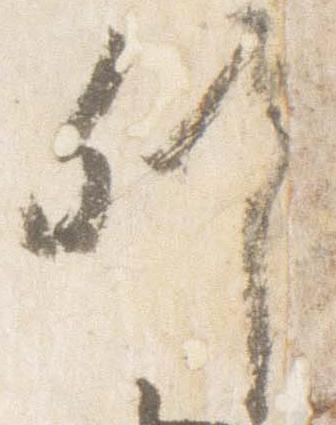
列